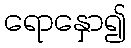
ရောနှော၍